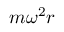
m \omega ^ { 2 } r